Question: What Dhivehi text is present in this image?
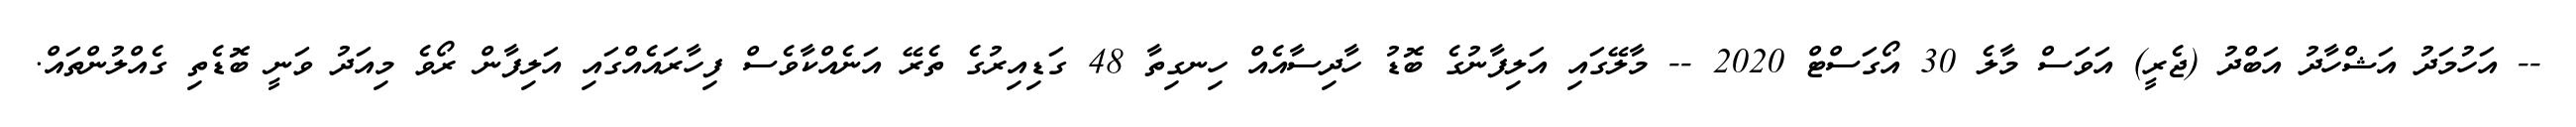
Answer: -- އަހުމަދު އަޝްހާދު އަބްދު (ޖެރީ) އަވަސް މާލެ 30 އޯގަސްޓް 2020 -- މާލޭގައި އަލިފާނުގެ ބޮޑު ހާދިސާއެއް ހިނގިތާ 48 ގަޑިއިރުގެ ތެރޭ އަނެއްކާވެސް ފިހާރައެއްގައި އަލިފާން ރޯވެ މިއަދު ވަނީ ބޮޑެތި ގެއްލުންތައް.